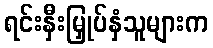
ရင်းနှီးမြှုပ်နှံသူများက